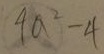
4 a ^ { 2 } - 4